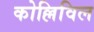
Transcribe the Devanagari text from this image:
कोल्लिविल